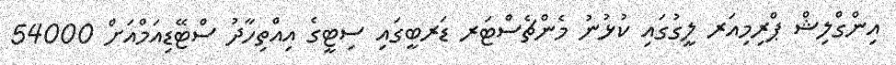
އިންގްލިޝް ޕްރިމިއަރ ލީގުގައި ކުޅުނު މެންޗެސްޓަރ ޑަރބީގައި ސިޓީގެ އިއްތިހާދު ސްޓޭޑިއަމްއަށް 54000